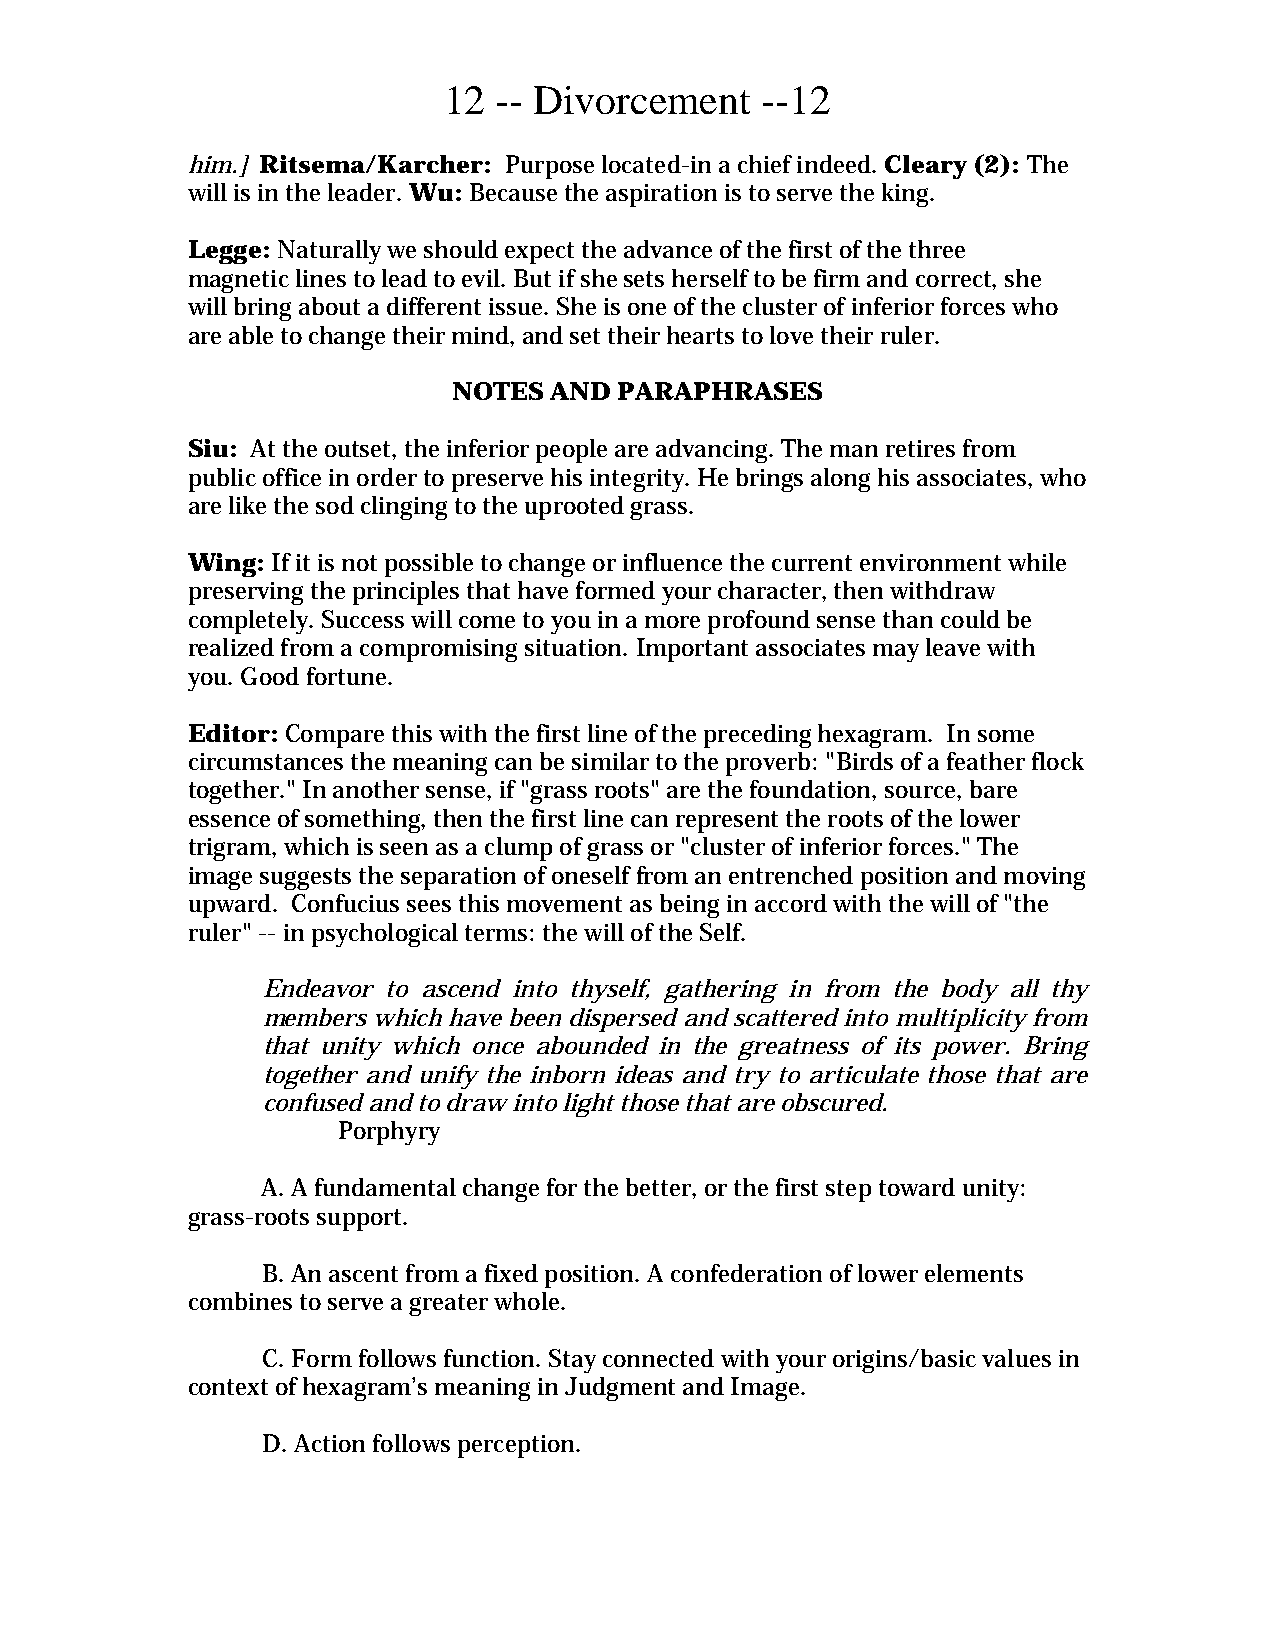
12  -- Divorcement   --12
 him.] Ritsema/Karcher: Purpose located-in a chief indeed. Cleary (2): The
 will is in the leader. Wu: Because the aspiration is to serve the king.
 Legge: Naturally we should expect the advance of the first of the three
 magnetic lines to lead to evil. But if she sets herself to be firm and correct, she
 will bring about a different issue. She is one of the cluster of inferior forces who
 are able to change their mind, and set their hearts to love their ruler.
 NOTES AND  PARAPHRASES
 Siu: At the outset, the inferior people are advancing. The man retires from
 public office in order to preserve his integrity. He brings along his associates, who
 are like the sod clinging to the uprooted grass.
 Wing: If it is not possible to change or influence the current environment while
 preserving the principles that have formed your character, then withdraw
 completely. Success will come to you in a more profound sense than could be
 realized from a compromising situation. Important associates may leave with
 you. Good fortune.
 Editor: Compare this with the first line of the preceding hexagram. In some
 circumstances the meaning can be similar to the proverb: "Birds of a feather flock
 together." In another sense, if "grass roots" are the foundation, source, bare
 essence of something, then the first line can represent the roots of the lower
 trigram, which is seen as a clump of grass or "cluster of inferior forces." The
 image suggests the separation of oneself from an entrenched position and moving
 upward. Confucius sees this movement as being in accord with the will of "the
 ruler" -- in psychological terms: the will of the Self.
 Endeavor to ascend into thyself, gathering in from the body all thy
 members which have been dispersed and scattered into multiplicity from
 that unity which once abounded in the greatness of its power. Bring
 together and unify the inborn ideas and try to articulate those that are
 confused and to draw into light those that are obscured.
 Porphyry
 A. A fundamental change for the better, or the first step toward unity:
 grass-roots support.
 B. An ascent from a fixed position. A confederation of lower elements
 combines to serve a greater whole.
 C. Form follows function. Stay connected with your origins/basic values in
 context of hexagram’s meaning in Judgment and Image.
 D. Action follows perception.